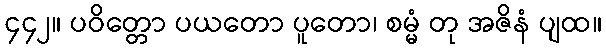
၄၄၂။ ပဝိတ္တော ပယတော ပူတော၊ စမ္မံ တု အဇိနံ ပျထ။